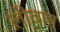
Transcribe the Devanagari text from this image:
लीवान